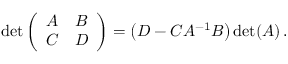
\operatorname* { d e t } { \left( \begin{array} { l l } { A } & { B } \\ { C } & { D } \end{array} \right) } = \left( D - C A ^ { - 1 } B \right) \operatorname* { d e t } ( A ) \, .